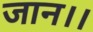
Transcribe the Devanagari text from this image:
जान।।